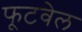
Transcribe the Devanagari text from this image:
फूटवेल